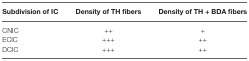
| Subdivision of IC | Density of TH fibers | Density of TH + BDA fibers |
 | --- | --- | --- |
 | CNIC | ++ | + |
 | ECIC | +++ | ++ |
 | DCIC | +++ | ++ |